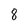
Character: 8